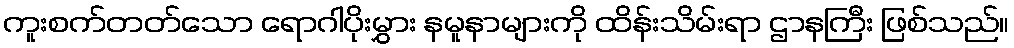
ကူးစက်တတ်သော ရောဂါပိုးမွှား နမူနာများကို ထိန်းသိမ်းရာ ဌာနကြီး ဖြစ်သည်။